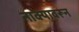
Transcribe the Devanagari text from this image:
नाक्यावरून